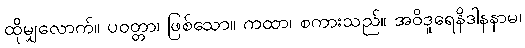
ထိုမျှလောက်။ ပဝတ္တာ၊ ဖြစ်သော။ ကထာ၊ စကားသည်။ အဝိဒူရေနိဒါနနာမ၊